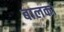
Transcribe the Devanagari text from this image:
बालका